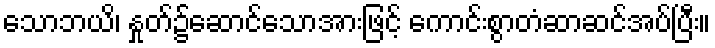
သောဘယိ၊ နှုတ်၌ဆောင်သောအားဖြင့် ကောင်းစွာတံဆာဆင်အပ်ပြီး။